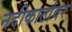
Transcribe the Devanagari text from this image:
नदीकाठांवर